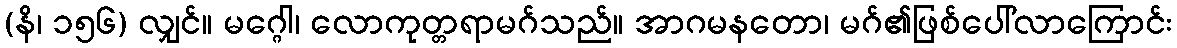
(နိ၊ ၁၅၆) လျှင်။ မဂ္ဂေါ၊ လောကုတ္တရာမဂ်သည်။ အာဂမနတော၊ မဂ်၏ဖြစ်ပေါ်လာကြောင်း